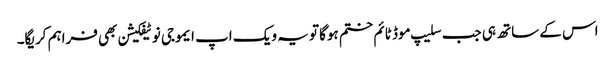
اس کے ساتھ ہی جب سلیپ موڈ ٹائم ختم ہوگا تو یہ ویک اپ ایموجی نوٹیفکیشن بھی فراہم کریگا۔